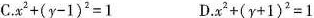
C.$$x ^ { 2 } + ( y - 1 ) ^ { 2 } = 1$$ D.$$x ^ { 2 } + ( y + 1 ) ^ { 2 } = 1$$